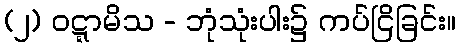
(၂) ဝဋ္ဋာမိသ - ဘုံသုံးပါး၌ ကပ်ငြိခြင်း။